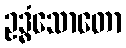
ဥဒ္ဓံသောတော